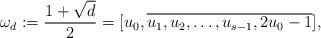
LaTeX: \begin{align*}\omega_d := \frac{1+\sqrt{d}}{2} = [u_0, \overline{u_1, u_2, \dots, u_{s-1}, 2u_0-1}],\end{align*}